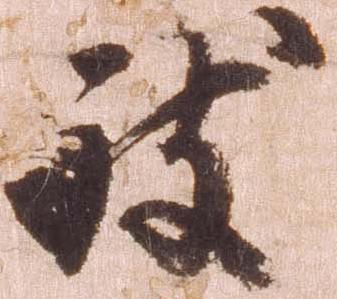
致